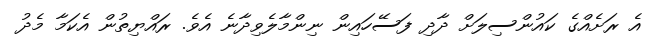
އެ ރަށެއްގެ ކައުންސިލަށް ދާދި ފަސޭހައިން ނިންމާލެވިދާނެ އެވެ. ރައްޔިތުން އެކަމާ މެދު